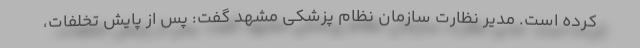
کرده است. مدیر نظارت سازمان نظام پزشکی مشهد گفت: پس از پایش تخلفات،